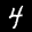
Label: 4